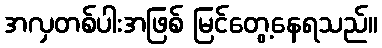
အလှတစ်ပါးအဖြစ် မြင်တွေ့နေရသည်။